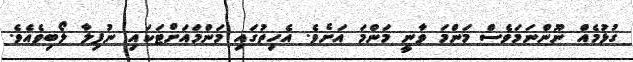
ގުޅުމެއް ނޫންނަމަވެސް މަންމަ ވާނީ މަންމަ އަށެވެ. އެހިތުގައި މަންމައަށްޓަކައި ނުފިލާ ލޯބިވެއެވެ.